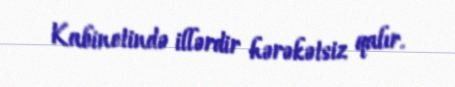
Kabinetində illərdir hərəkətsiz qalır.